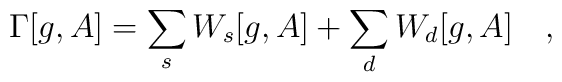
\Gamma[g,A]=\sum_s W_s[g,A]+\sum_d W_d[g,A]~~~,